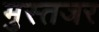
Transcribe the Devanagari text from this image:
मुस्तजर